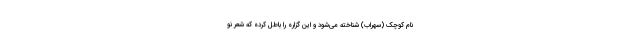
نام کوچک (سهراب) شناخته می‌شود و این گزاره را باطل کرده که شعر نو